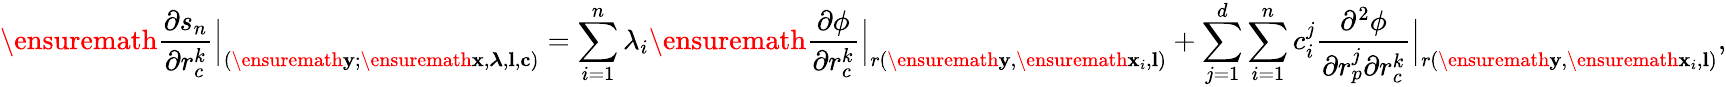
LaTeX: \ensuremath{\frac{\partial s_{n}}{\partial r_{c}^{k}}}\Bigr|_{(\ensuremath{\mathbf{y}};\ensuremath{\mathbf{x}},\boldsymbol{\lambda},\textbf{l},\textbf{c})}=\sum_{i=1}^{n}\lambda_{i}\ensuremath{\frac{\partial\phi}{\partial r_{c}^{k}}}\Bigr|_{r(\ensuremath{\mathbf{y}},\ensuremath{\mathbf{x}}_{i},\textbf{l})}+\sum_{j=1}^{d}\sum_{i=1}^{n}c_{i}^{j}\frac{\partial^{2}\phi}{\partial r_{p}^{j}\partial r_{c}^{k}}\Bigr|_{r(\ensuremath{\mathbf{y}},\ensuremath{\mathbf{x}}_{i},\textbf{l})},